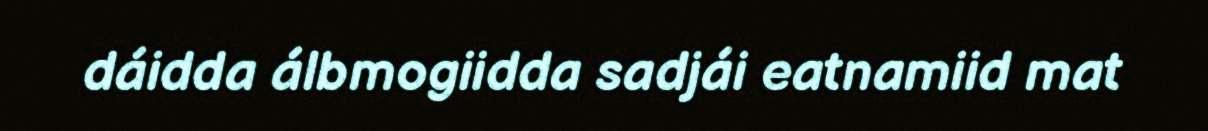
dáidda álbmogiidda sadjái eatnamiid mat